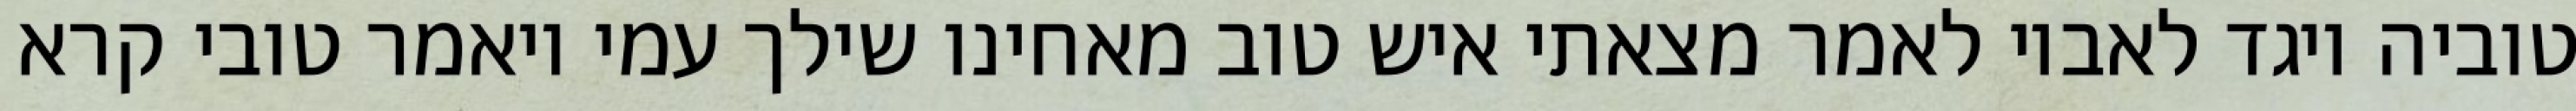
טוביה ויגד לאביו לאמר מצאתי איש טוב מאחינו שילך עמי ויאמר טובי קרא